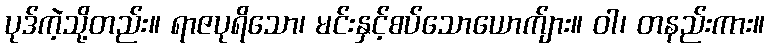
ပုဒ်ကဲ့သို့တည်း။ ရာဇပုရိသော၊ မင်းနှင့်စပ်သောယောက်ျား။ ဝါ၊ တနည်းကား။